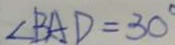
\angle B A D = 3 0 ^ { \circ }